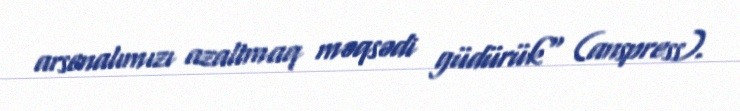
arsenalımızı azaltmaq məqsədi güdürük" (anspress).